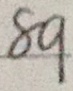
8 9